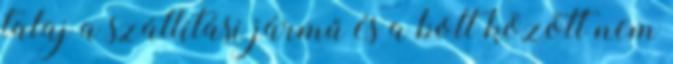
talaj a szállítási jármű és a bolt között nem